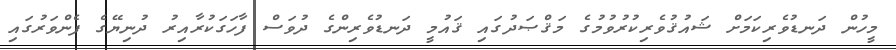
މީހުން ދަނޑުވެރިކަމަށް ޝައުޤުވެރިކުރުވުމުގެ މަޤްޞަދުގައި ޤައުމީ ދަނޑުވެރިންގެ ދުވަސް ފާހަގަކުރާއިރު ދުނިޔޭގެ ފެންވަރުގައި